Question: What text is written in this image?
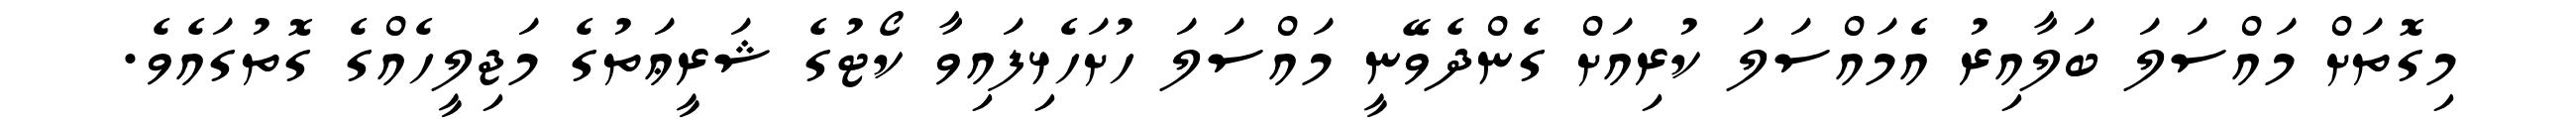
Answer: މިގޮތަށް މައްސަލަ ބަލާއިރު އެމައްސަލަ ކުރިއަށް ގެންދެވޭނީ މައްސަލަ ހުށަހެޅިފައިވާ ކޯޓުގެ ޝަރީޢަތުގެ މަޖިލީހެއްގެ ގޮތުގައެވެ.